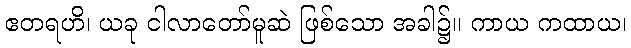
ဧတရဟိ၊ ယခု ငါလာတော်မူဆဲ ဖြစ်သော အခါ၌။ ကာယ ကထာယ၊